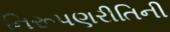
નિરૂપણરીતિની